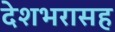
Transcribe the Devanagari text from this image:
देशभरासह